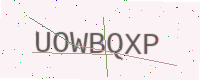
Text: UOWBQXP